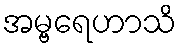
အမ္ဗရေဟာသိ